Indian journal of veterinary science and animal husbandry - Volumes 18-21, 1948-1951
Year: 1948
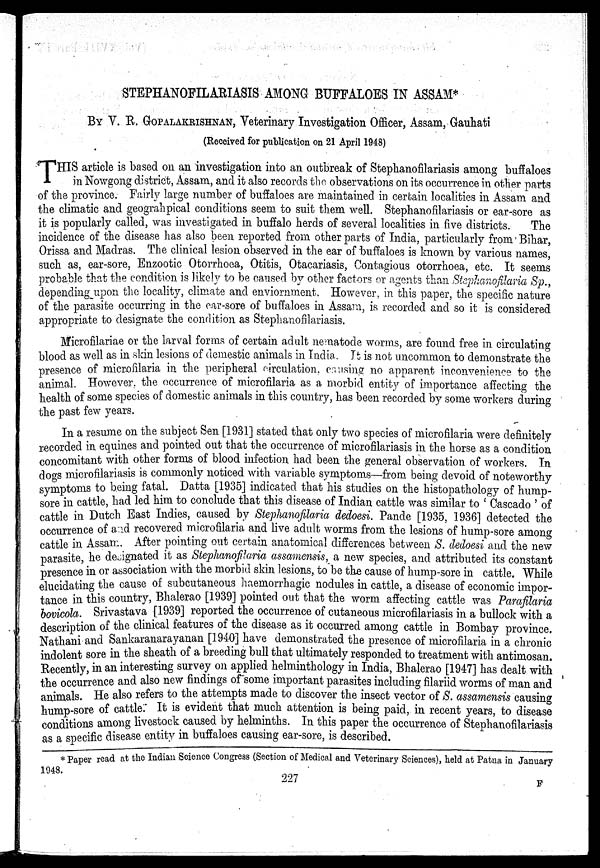
STEPHANOFILARIASIS AMONG BUFFALOES IN ASSAM*
BY V. R. GOPALAKRISHNAN, Veterinary Investigation Officer, Assam, Gauhati
(Received for publication on 21 April 1948)
T HIS article is based on an investigation into an outbreak of Stephanofilariasis among buffaloes
in Nowgong district, Assam, and it also records the observations on its occurrence in other parts
of the province. Fairly large number of buffaloes are maintained in certain localities in Assam and
the climatic and geograhpical conditions seem to suit them well. Stephanofilariasis or ear-sore as
it is popularly called, was investigated in buffalo herds of several localities in five districts.
The
incidence of the disease has also been reported from other parts of India, particularly from Bihar,
Orissa and Madras. The clinical lesion observed in the ear of buffaloes is known by various names,
such as, ear-sore, Enzootic Otorrhoea, Otitis, Otacariasis, Contagious otorrhoea, etc. It seems
probable that the condition is likely to be caused by other factors or agents than Stepkanofilaria Sp.,
depending upon the locality, climate and enviornment. However, in this paper, the specific nature
of the parasite occurring in the ear-sore of buffaloes in Assam, is recorded and so it is considered
appropriate to designate the condition as Stephanofilariasis.
Microfilariae or the larval forms of certain adult nematode worms, are found free in circulating
blood as well as in skin lesions of demestic animals in India. It is not uncommon to demonstrate the
presence of microfilaria in the peripheral circulation, causing no apparent inconvenience to the
animal. However, the occurrence of microfilaria as a morbid entity of importance affecting the
health of some species of domestic animals in this country, has been recorded by some workers during
the past few years.
In a resume on the subject Sen [1931] stated that only two species of microfilaria were definitely
recorded in equines and pointed out that the occurrence of microfilariasis in the horse as a condition
concomitant with other forms of blood infection had been the general observation of workers. In
dogs microfilariasis is commonly noticed with variable symptoms—from being devoid of noteworthy
symptoms to being fatal. Datta [1935] indicated that his studies on the histopathology of hump-
sore in cattle, had led him to conclude that this disease of Indian cattle was similar to ' Cascado ' of
cattle in Dutch East Indies, caused by Stephanofilaria dedoesi. Pande [1935, 1936] detected the
occurrence of and recovered microfilaria and live adult worms from the lesions of hump-sore among
cattle in Assam. After pointing out certain anatomical differences between S. dedoesi and the new
parasite, he designated it as Stephanofilaria assamensis, a new species, and attributed its constant
presence in or association with the morbid skin lesions, to be the cause of hump-sore in cattle. While
elucidating the cause of subcutaneous haemorrhagic nodules in cattle, a disease of economic impor-
tance in this country, Bhalerao [1939] pointed out that the worm affecting cattle was Parafilaria
bovicola. Srivastava [1939] reported the occurrence of cutaneous microfilariasis in a bullock with a
description of the clinical features of the disease as it occurred among cattle in Bombay province.
Nathani and Sankaranarayanan [1940] have demonstrated the presence of microfilaria in a chronic
indolent sore in the sheath of a breeding bull that ultimately responded to treatment with antimosan.
Recently, in an interesting survey on applied helminthology in India, Bhalerao [1947] has dealt with
the occurrence and also new findings of some important parasites including filariid worms of man and
animals. He also refers to the attempts made to discover the insect vector of S. assamensis causing
hump-sore of cattle. It is evident that much attention is being paid, in recent years, to disease
conditions among livestock caused by helminths. In this paper the occurrence of Stephanofilariasis
as a specific disease entity in buffaloes causing ear-sore, is described.
* Paper read at the Indian Science Congress (Section of Medical and Veterinary Sciences), held at Patna in January
1948.
227
F